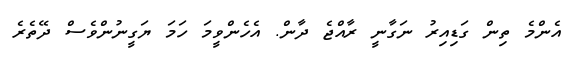
އެންމެ ތިން ގަޑިއިރު ނަގާނީ ރާއްޖެ ދާން. އެހެންވީމަ ހަމަ ޔަގީނުންވެސް ދޭތެރެ